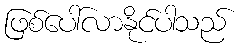
ဖြစ်ပေါ်လာနိုင်ပါသည်